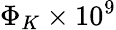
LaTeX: \Phi_{K}\times 10^{9}